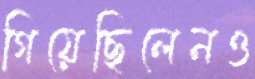
গিয়েছিলেনও